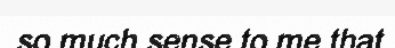
so much sense to me that